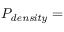
P _ { \mathrm { \it d e n s i t y } } =